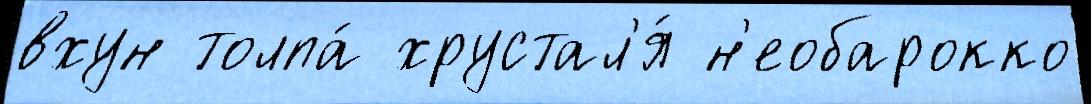
вхун толпа́ хрустал'я́ н'еобарокко